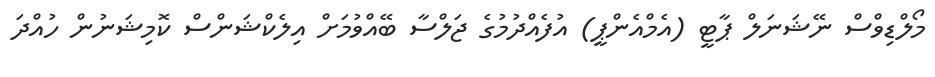
މޯލްޑިވްސް ނޭޝަނަލް ޕާޓީ (އެމްއެންޕީ) އުފެއްދުމުގެ ޖަލްސާ ބޭއްވުމަށް އިލެކްޝަންސް ކޮމިޝަނުން ހުއްދަ